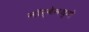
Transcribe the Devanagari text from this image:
नॉर्वेमध्ये